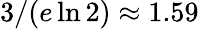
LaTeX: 3/(e\ln 2)\approx 1.59